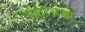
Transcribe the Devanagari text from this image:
संज्ञाअओं